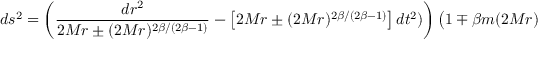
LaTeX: d s ^ { 2 } = \left( \frac { d r ^ { 2 } } { 2 M r \pm ( 2 M r ) ^ { 2 \beta / ( 2 \beta - 1 ) } } - \left[ 2 M r \pm ( 2 M r ) ^ { 2 \beta / ( 2 \beta - 1 ) } \right] d t ^ { 2 } ) \right) \left( 1 \mp \beta m ( 2 M r ) ^ { 1 / ( 2 \beta - 1 ) } ) \right)